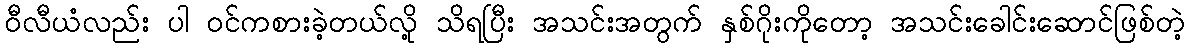
ဝီလီယံလည်း ပါ ဝင်ကစားခဲ့တယ်လို့ သိရပြီး အသင်းအတွက် နှစ်ဂိုးကိုတော့ အသင်းခေါင်းဆောင်ဖြစ်တဲ့